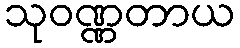
သုဝဏ္ဏတာယ